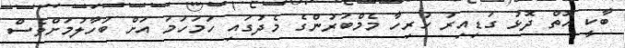
ބާކީ އޮތް ދޮޅު ގަޑިއިރު ހުރިހާ މެމްބަރުންގެ މެދުގައި ހަމަހަމަ އަށް ބަހާލުމަށްވެސް